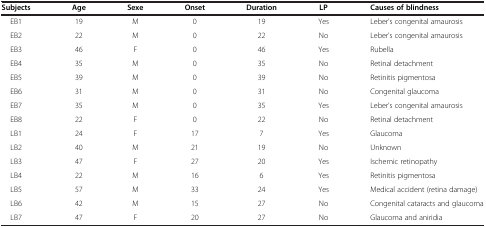
<table><thead><tr><td><b>Subjects</b></td><td><b>Age</b></td><td><b>Sexe</b></td><td><b>Onset</b></td><td><b>Duration</b></td><td><b>LP</b></td><td><b>Causes of blindness</b></td></tr></thead><tbody><tr><td>EB1</td><td>19</td><td>M</td><td>0</td><td>19</td><td>Yes</td><td>Leber’s congenital amaurosis</td></tr><tr><td>EB2</td><td>22</td><td>M</td><td>0</td><td>22</td><td>No</td><td>Leber’s congenital amaurosis</td></tr><tr><td>EB3</td><td>46</td><td>F</td><td>0</td><td>46</td><td>Yes</td><td>Rubella</td></tr><tr><td>EB4</td><td>35</td><td>M</td><td>0</td><td>35</td><td>No</td><td>Retinal detachment</td></tr><tr><td>EB5</td><td>39</td><td>M</td><td>0</td><td>39</td><td>No</td><td>Retinitis pigmentosa</td></tr><tr><td>EB6</td><td>31</td><td>M</td><td>0</td><td>31</td><td>No</td><td>Congenital glaucoma</td></tr><tr><td>EB7</td><td>35</td><td>M</td><td>0</td><td>35</td><td>Yes</td><td>Leber’s congenital amaurosis</td></tr><tr><td>EB8</td><td>22</td><td>F</td><td>0</td><td>22</td><td>No</td><td>Retinal detachment</td></tr><tr><td>LB1</td><td>24</td><td>F</td><td>17</td><td>7</td><td>Yes</td><td>Glaucoma</td></tr><tr><td>LB2</td><td>40</td><td>M</td><td>21</td><td>19</td><td>No</td><td>Unknown</td></tr><tr><td>LB3</td><td>47</td><td>F</td><td>27</td><td>20</td><td>Yes</td><td>Ischemic retinopathy</td></tr><tr><td>LB4</td><td>22</td><td>M</td><td>16</td><td>6</td><td>Yes</td><td>Retinitis pigmentosa</td></tr><tr><td>LB5</td><td>57</td><td>M</td><td>33</td><td>24</td><td>Yes</td><td>Medical accident (retina damage)</td></tr><tr><td>LB6</td><td>42</td><td>M</td><td>15</td><td>27</td><td>No</td><td>Congenital cataracts and glaucoma</td></tr><tr><td>LB7</td><td>47</td><td>F</td><td>20</td><td>27</td><td>No</td><td>Glaucoma and aniridia</td></tr></tbody></table>